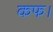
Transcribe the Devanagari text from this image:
कफ।